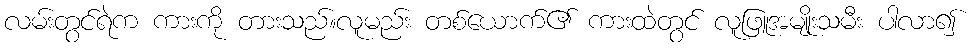
လမ်းတွင်ရဲက ကားကို တားသည်။လူမည်း တစ်ယောက်၏ ကားထဲတွင် လူဖြူအမျိုးသမီး ပါလာ၍